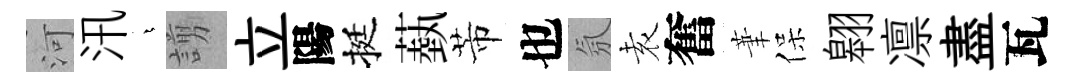
河汛燁謭立陽挺蓺芾也氛𡊮奮茟保翱凛盡瓦